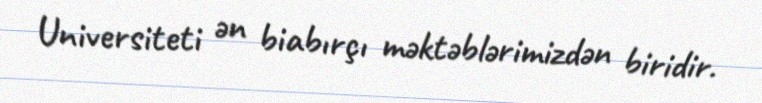
Universiteti ən biabırçı məktəblərimizdən biridir.